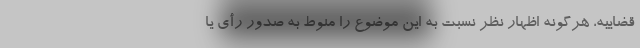
قضاییه، هرگونه اظهار نظر نسبت به این موضوع را منوط به صدور رأی یا